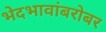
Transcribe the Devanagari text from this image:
भेदभावांबरोबर